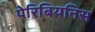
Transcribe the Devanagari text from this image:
पेरिबियनिस